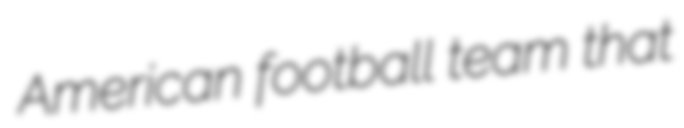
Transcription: American football team that